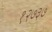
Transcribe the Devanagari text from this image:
१२७३७